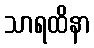
သာရထိနာ